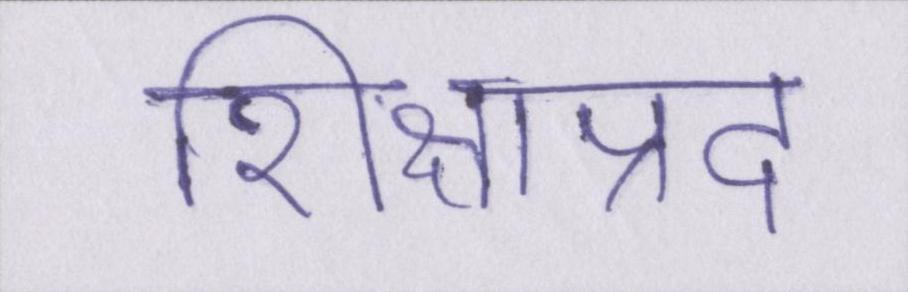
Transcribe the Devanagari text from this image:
शिक्षाप्रद